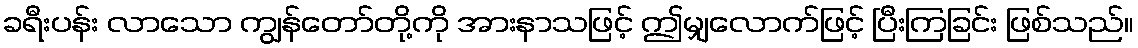
ခရီးပန်း လာသော ကျွန်တော်တို့ကို အားနာသဖြင့် ဤမျှလောက်ဖြင့် ပြီးကြခြင်း ဖြစ်သည်။